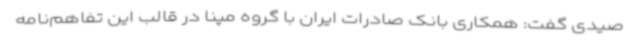
صیدی گفت: همکاری بانک صادرات ایران با گروه مپنا در قالب این تفاهم‌نامه